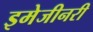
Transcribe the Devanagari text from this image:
इमेजीनरी